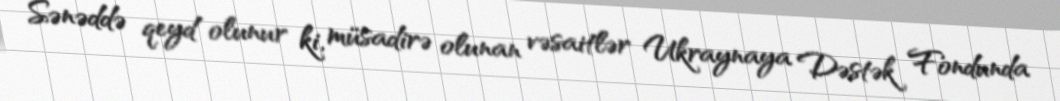
Sənəddə qeyd olunur ki, müsadirə olunan vəsaitlər Ukraynaya Dəstək Fondunda